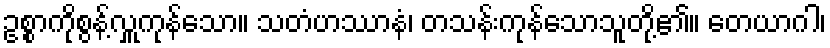
ဥစ္စာကိုစွန့်လှူကုန်သော။ သတံဟဿာနံ၊ တသန်းကုန်သောသူတို့၏။ တေယာဂါ၊